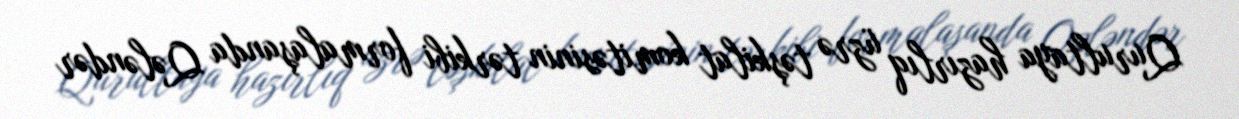
Qurultaya hazırlıq üzrə təşkilat komitəsinin tərkibi formalaşanda Qələndər